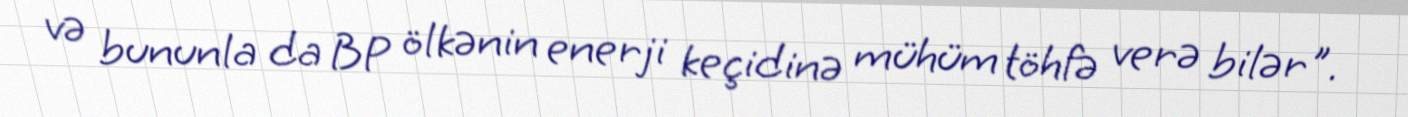
və bununla da BP ölkənin enerji keçidinə mühüm töhfə verə bilər".